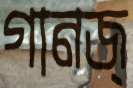
গানজ্